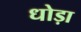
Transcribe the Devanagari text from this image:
धोड़ा